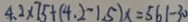
4 . 2 \times 7 5 + ( 4 . 2 - 1 . 5 ) x = 5 6 1 - 3 0